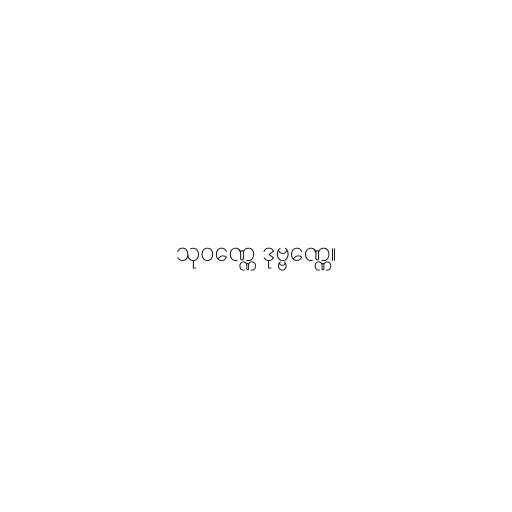
သုဝဏ္ဏေ ဒုဗ္ဗဏ္ဏေ။